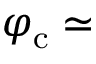
\varphi _ { \mathrm { c } } \simeq